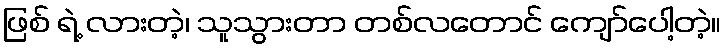
ဖြစ် ရဲ့ လားတဲ့၊ သူသွားတာ တစ်လတောင် ကျော်ပေါ့တဲ့။